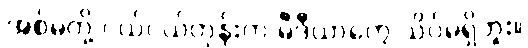
အစ်မတို့ ငယ်ငယ်တုန်းက မီဒီယာတွေ သိပ်မရှိဘူး။